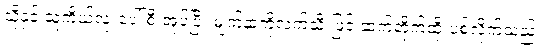
သို့နှင့် သူ့ကိုယ်လုံးပေါ် စီးအုပ်ပြီး မျက်နှာကိုလက်သီးဖြင့် ဆက်တိုက်ထိုးပစ်လိုက်သည်။